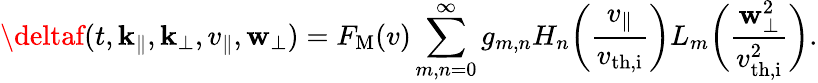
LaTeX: \deltaf(t,\mathbf{k}_{\parallel},\mathbf{k}_{\perp},v_{\parallel},\mathbf{w}_{\perp})=F_{\mathrm{{M}}}(v)\sum_{m,n=0}^{\infty}g_{m,n}H_{n}\biggl(\frac{{v_{\parallel}}}{{v_{\mathrm{{th,i}}}}}\biggr)L_{m}\biggl(\frac{{\mathbf{w}_{\perp}^{2}}}{{v_{\mathrm{{th,i}}}^{2}}}\biggr).